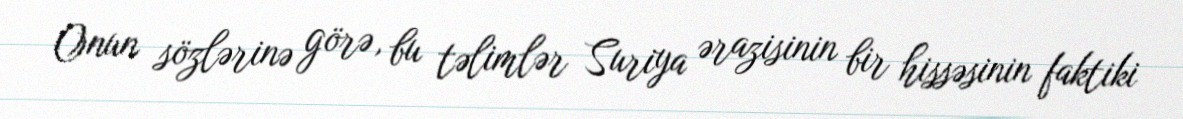
Onun sözlərinə görə, bu təlimlər Suriya ərazisinin bir hissəsinin faktiki